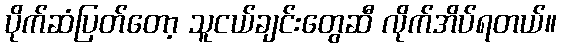
ပိုက်ဆံပြတ်တော့ သူငယ်ချင်းတွေဆီ လိုက်အိပ်ရတယ်။